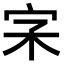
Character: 𡧖